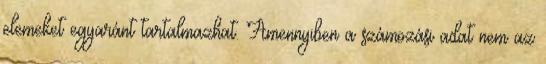
elemeket egyaránt tartalmazhat. Amennyiben a számozási adat nem az